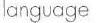
language